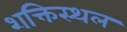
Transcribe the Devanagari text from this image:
शक्तिस्थल